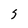
Character: S